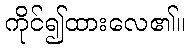
ကိုင်၍ထားလေ၏။